Rangoon Lunatic Asylum 1893-1897 - 1893-1897
Year: 1893
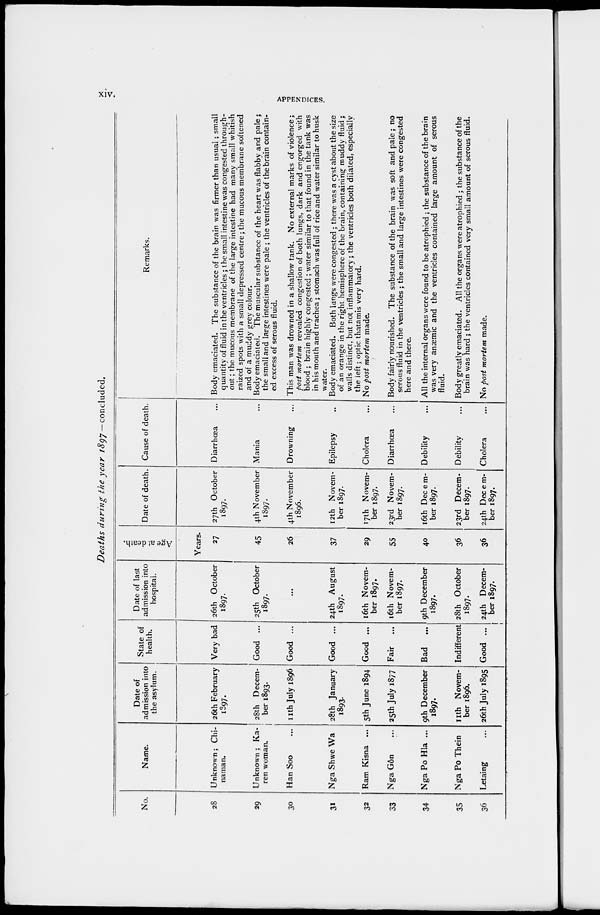
xiv.
APPENDICES.
Deaths during the year 1897— concluded.
No.
28
29
30
31
32
33
34
35
36
Name.
Unknown; Chi-
naman.
Unknown ; Ka-
ren woman.
Han Soo ...
Nga Shwe Wa
Ram Kisna ...
Nga Gôn ...
Nga Po Hla ...
Nga Po Thein
Letaing ...
Date of
admission into
the asylum.
26th February
1897.
28th Decem-
ber 1893.
11th July 1896
28th January
1893.
5th June 1894
25th July 1877
9th December
1897.
11th Novem-
ber 1896.
26th July 1895
State of
health.
Very bad
Good ...
Good ...
Good ...
Good ...
Fair ...
Bad
...
Indifferent
Good ...
Date of last
admission into
hospital.
26th October
1897.
25th October
1897.
...
24th August
1897.
16th Novem-
ber 1897.
16th Novem-
ber 1897.
9th December
1897.
28th October
1897.
24th Decem-
ber 1897.
Age at death.
Years.
27
45
26
37
29
55
40
36
36
Date of death.
27th October
1897.
4th November
1897.
4th November
1896.
12th Novem-
ber 1897.
17th Novem-
ber 1897.
23rd Novem-
ber 1897.
16th Decem-
ber 1897.
23rd Decem-
ber 1897.
24th Decem-
ber 1897.
Cause of death.
Diarrhœa ...
Mania ...
Drowning ...
Epilepsy ...
Cholera ...
Diarrhœa ...
Debility ...
Debility ...
Cholera ...
Remarks.
Body emaciated. The substance of the brain was firmer than usual; small
quantity of fluid in the ventricles ; the small intestine was congested through-
out ; the mucous membrane of the large intestine had many small whitish
raized spots with a small depressed centre; the mucous membrane softened
and of a muddy grey colour.
Body emaciated. The muscular substance of the heart was flabby and pale;
the small and large intestines were pale; the ventricles of the brain contain-
ed excess of serous fluid.
This man was drowned in a shallow tank. No external marks of violence;
post mortem revealed congestion of both lungs, dark and engorged with
blood ; brain highly congested ; water similar to that found in the tank was
in his mouth and trachea; stomach was full of rice and water similar to husk
water.
Body emaciated. Both lungs were congested ; there was a cyst about the size
of an orange in the right hemisphere of the brain, containing muddy fluid ;
walls distinct, but not inflammatory; the ventricles both dilated, especially
the left; optic thatamis very hard.
No post mortem made.
Body fairly nourished. The substance of the brain was soft and pale ; no
serous fluid in the ventricles ; the small and large intestines were congested
here and there.
All the internal organs were found to be atrophied ; the substance of the brain
was very anæmic and the ventricles contained large amount of serous
fluid.
Body greatly emaciated. All the organs were atrophied ; the substance of the
brain was hard ; the ventricles contained very small amount of serous fluid.
No post mortem made.